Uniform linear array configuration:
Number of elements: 8
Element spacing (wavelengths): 0.25
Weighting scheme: hann
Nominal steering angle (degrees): -30
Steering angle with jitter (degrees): -28.459
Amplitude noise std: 0.05
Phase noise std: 0.05

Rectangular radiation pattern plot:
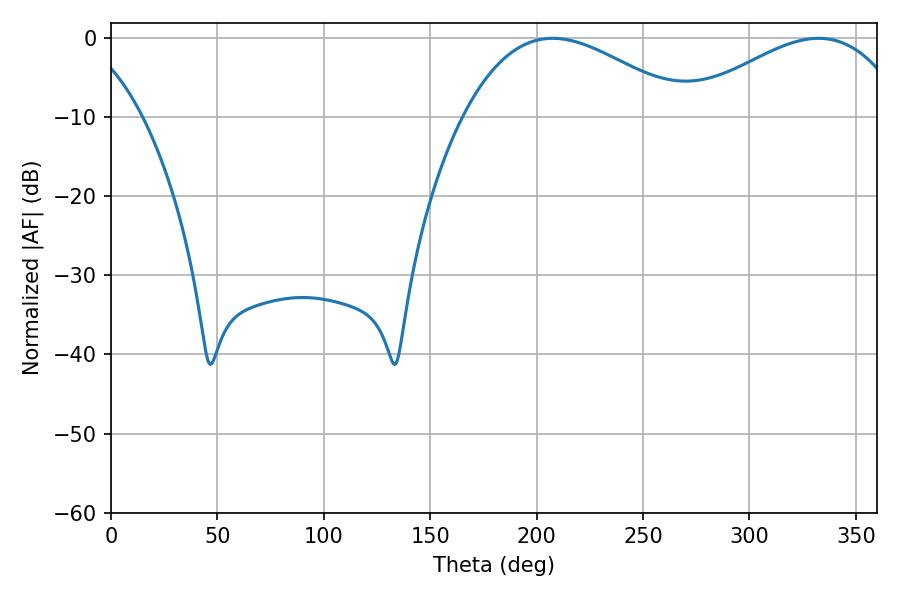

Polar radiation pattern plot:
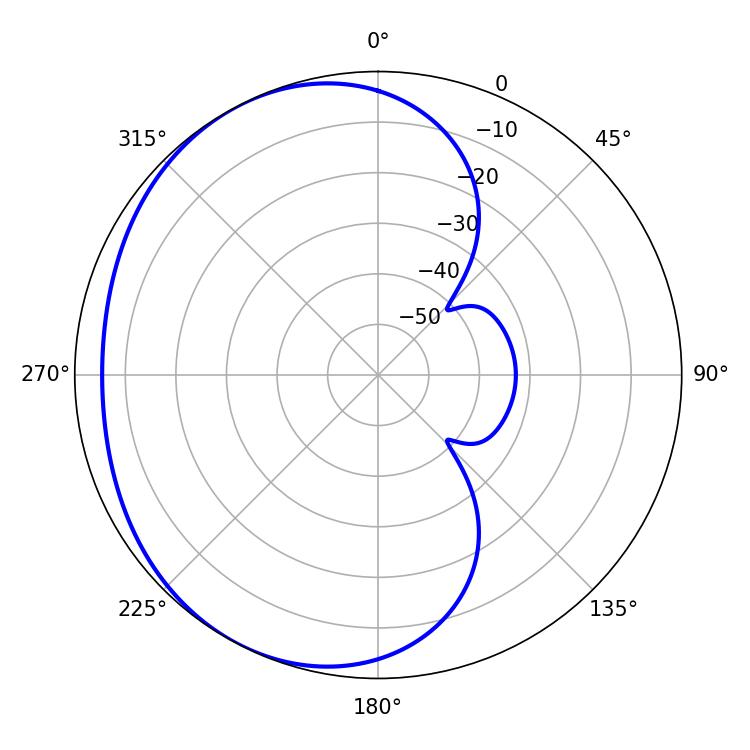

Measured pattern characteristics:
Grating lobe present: FALSE
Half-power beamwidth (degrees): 57.42
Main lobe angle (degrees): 207.54